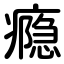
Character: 瘾